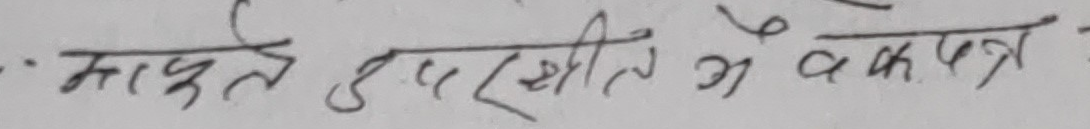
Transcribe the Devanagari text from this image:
. मापुते इतरशीत में वकपत्र